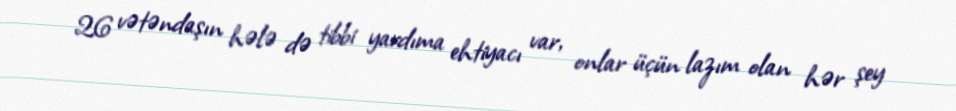
26 vətəndaşın hələ də tibbi yardıma ehtiyacı var, onlar üçün lazım olan hər şey